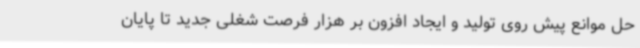
حل موانع پیش روی تولید و ایجاد افزون بر هزار فرصت شغلی جدید تا پایان